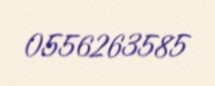
0556263585